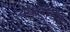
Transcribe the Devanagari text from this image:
बकरीची